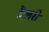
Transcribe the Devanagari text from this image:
मैलरी